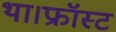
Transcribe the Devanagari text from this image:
था।फ्रॉस्ट